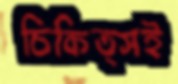
চিকিত্সই